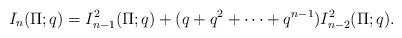
LaTeX: \begin{align*}I_n(\Pi;q) = I_{n-1}^{2}(\Pi;q) + (q + q^2 + \cdots + q^{n-1}) I_{n-2}^{2}(\Pi;q).\end{align*}